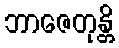
ဘာဇေတုန္တိ